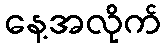
နေ့အလိုက်